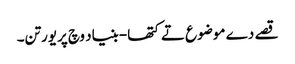
قصے دے موضوع تے کتھا-بنیاد وچ پریورتن۔